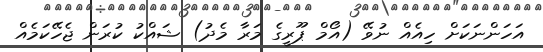
އަހަންނަކަށް ހިއެއް ނުވޭ (އޯމް ޕޫރީގެ މަރާ މެދު) ޝައްކު ކުރަން ޖެހޭކަމެއް